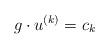
LaTeX: \begin{align*}g \cdot u^{(k)} = c_k\end{align*}